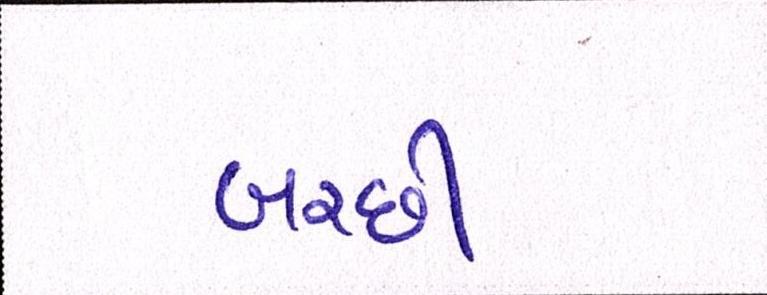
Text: બરછી